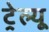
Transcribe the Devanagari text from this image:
ट्रेल्यू